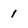
Character: 1